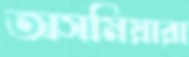
অসমিয়ারা